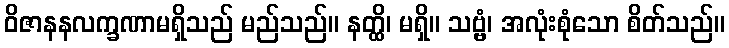
ဝိဇာနနလက္ခဏာမရှိသည် မည်သည်။ နတ္ထိ၊ မရှိ။ သဗ္ဗံ၊ အလုံးစုံသော စိတ်သည်။